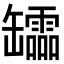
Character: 𦉢